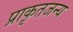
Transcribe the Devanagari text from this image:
प्राकृतजन्य